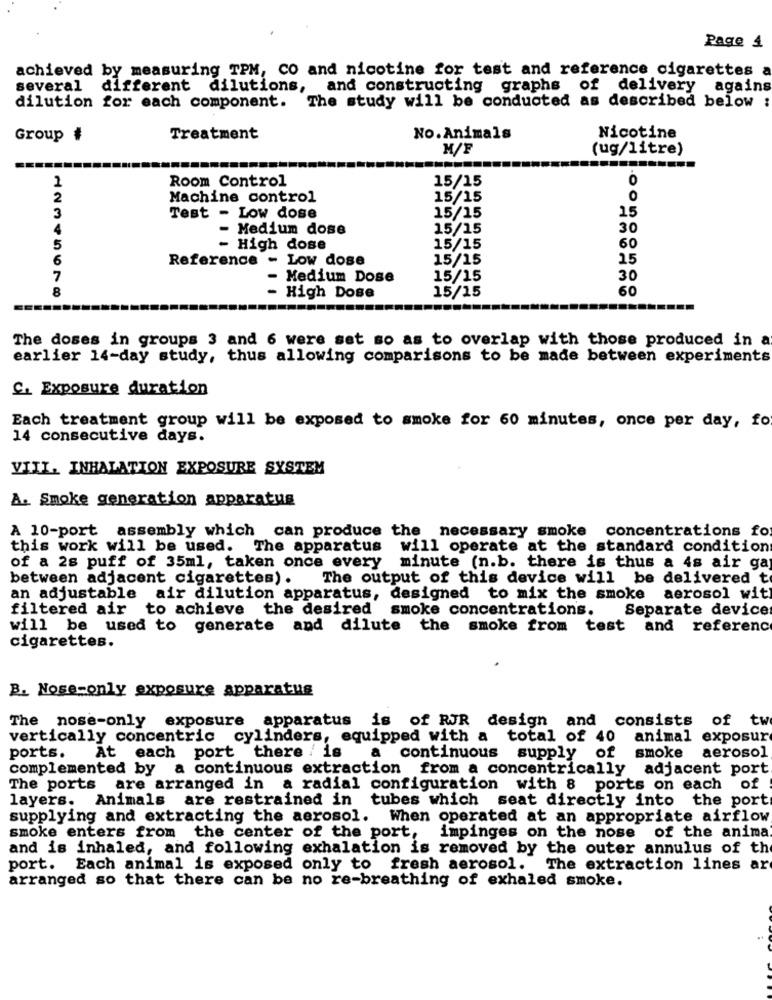
Page 4
achieved by measuring TPM, CO and nicotine for test and reference cigarettes a
several
different dilutions, and constructing graphs of delivery agains
dilution for each component. The study will be conducted as described below :
Group #
Treatment
No.Animals
Nicotine
M/F
(ug/litre)
2
Room Control
15/15
0
2
Machine control
15/15
0
15
3
Test - Low dose
15/15
4
- Medium dose
15/15
30
5
- High dose
15/15
60
6
Reference - Low dose
15/15
15
7
Medium Dose
15/15
30
8
15/15
60
High Dose
The doses in groups 3 and 6 were set so as to overlap with those produced in a
earlier 14-day study, thus allowing comparisons to be made between experiments
C. Exposure duration
Each treatment group will be exposed to smoke for 60 minutes, once per day, fo
14 consecutive days.
VIII. INHALATION EXPOSURE SYSTEM
A. Smoke generation apparatus
A 10-port assembly which can produce the necessary smoke concentrations fo
this work will be used. The apparatus will operate at the standard condition
of a 2s puff of 35ml, taken once every minute (n.b. there is thus a 4s air gay
between adjacent cigarettes) .
The output of this device will be delivered t
an adjustable air dilution apparatus, designed to mix the smoke aerosol wit
filtered air to achieve the desired smoke concentrations.
Separate device
will be used to generate and dilute the smoke from test and reference
cigarettes.
B. Nose-only exposure apparatus
The nose-only exposure
apparatus is of RJR design and consists of tw
vertically concentric cylinders, equipped with a total of 40 animal exposure
At each port there / is
ports.
a continuous supply
of smoke
aerosol
complemented by a continuous extraction from a concentrically adjacent port
The ports are arranged in a radial configuration with 8 ports on each of
layers. Animals are restrained in tubes which seat directly into the port
supplying and extracting the aerosol.
When operated at an appropriate airflow
smoke enters from the center of the port,
impinges on the nose
of the anima.
and is inhaled, and following exhalation is removed by the outer annulus of the
port.
Each animal is exposed only to
fresh aerosol. The extraction lines ar
arranged so that there can be no re-breathing of exhaled smoke.